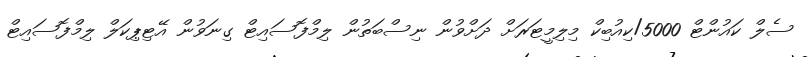
ސެލް ކައުންޓް 5000/ކިއުބިކް މިލިމީޓަރަށް ދަށްވުން ނިސްބަތުން ލިމްފޮސައިޓް ގިނަވުން އޭޓިޕިކަލް ލިމްފޮސައިޓް